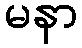
မနာ